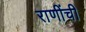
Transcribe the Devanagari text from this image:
राणींची